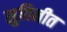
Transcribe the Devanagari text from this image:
सुविनीत